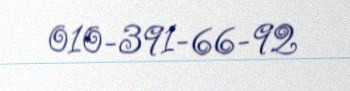
010-391-66-92